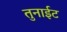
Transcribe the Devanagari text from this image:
तुनाईट